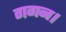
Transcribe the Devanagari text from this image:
गगन।